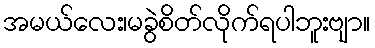
အမယ်လေး၊မခွဲစိတ်လိုက်ရပါဘူးဗျာ။